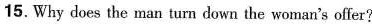
15. Why does the man turn down the woman's offer?